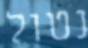
נטול